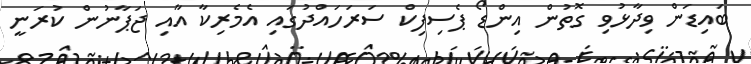
ބައިޑަން ވިދާޅުވި ގޮތުން އިންޑޯ ޕެސިފިކް ސަރަހައްދުގައި އެމެރިކާ އާއި ޖަޕާނުން ކުރަނީ